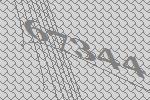
67344